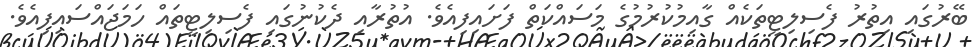
ބޭރުގައި އިތުރު ފެސިލިޓީތަކެއް ގާއިމުކުރުމުގެ މަސައްކަތް ފަށައިފިއެވެ. އުތުރާއި ދެކުނުގައި ފެސިލިޓީތައް ހަމަޖައްސައިފިއެވެ.